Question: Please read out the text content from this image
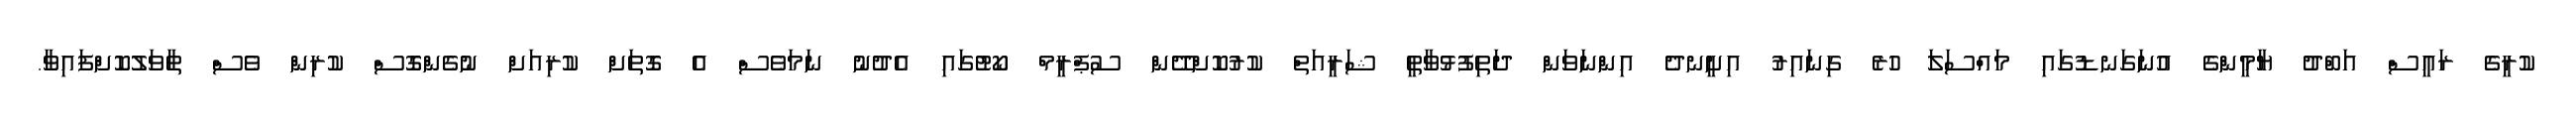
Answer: ކުރީގެ ރައީސް އަބްދު ޔާމީންގެ އުނަގަނޑުގައި މައްސަލަ ހުރެ ގިނައިރު އިށީނދެ އިންނަވަން ދަތިފުޅުވާތީ ޝަރީއަތް ކުރުކޮށްދޭން ސުޕްރީމް ކޯޓުގައި އެދުނު ނަމަވެސް އެ ގޮތަށް ކުރިއަށް ނުގެންގޮސް ކުރިން ވެސް ތާވަލުކޮށްފައިވާ.